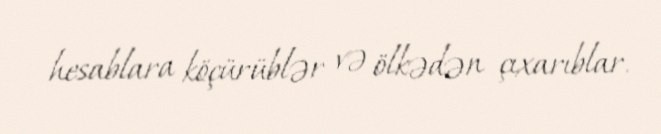
hesablara köçürüblər və ölkədən çıxarıblar.